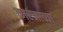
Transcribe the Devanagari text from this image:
कारंजाच्या